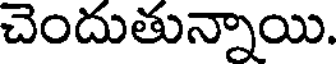
చెందుతున్నాయి.